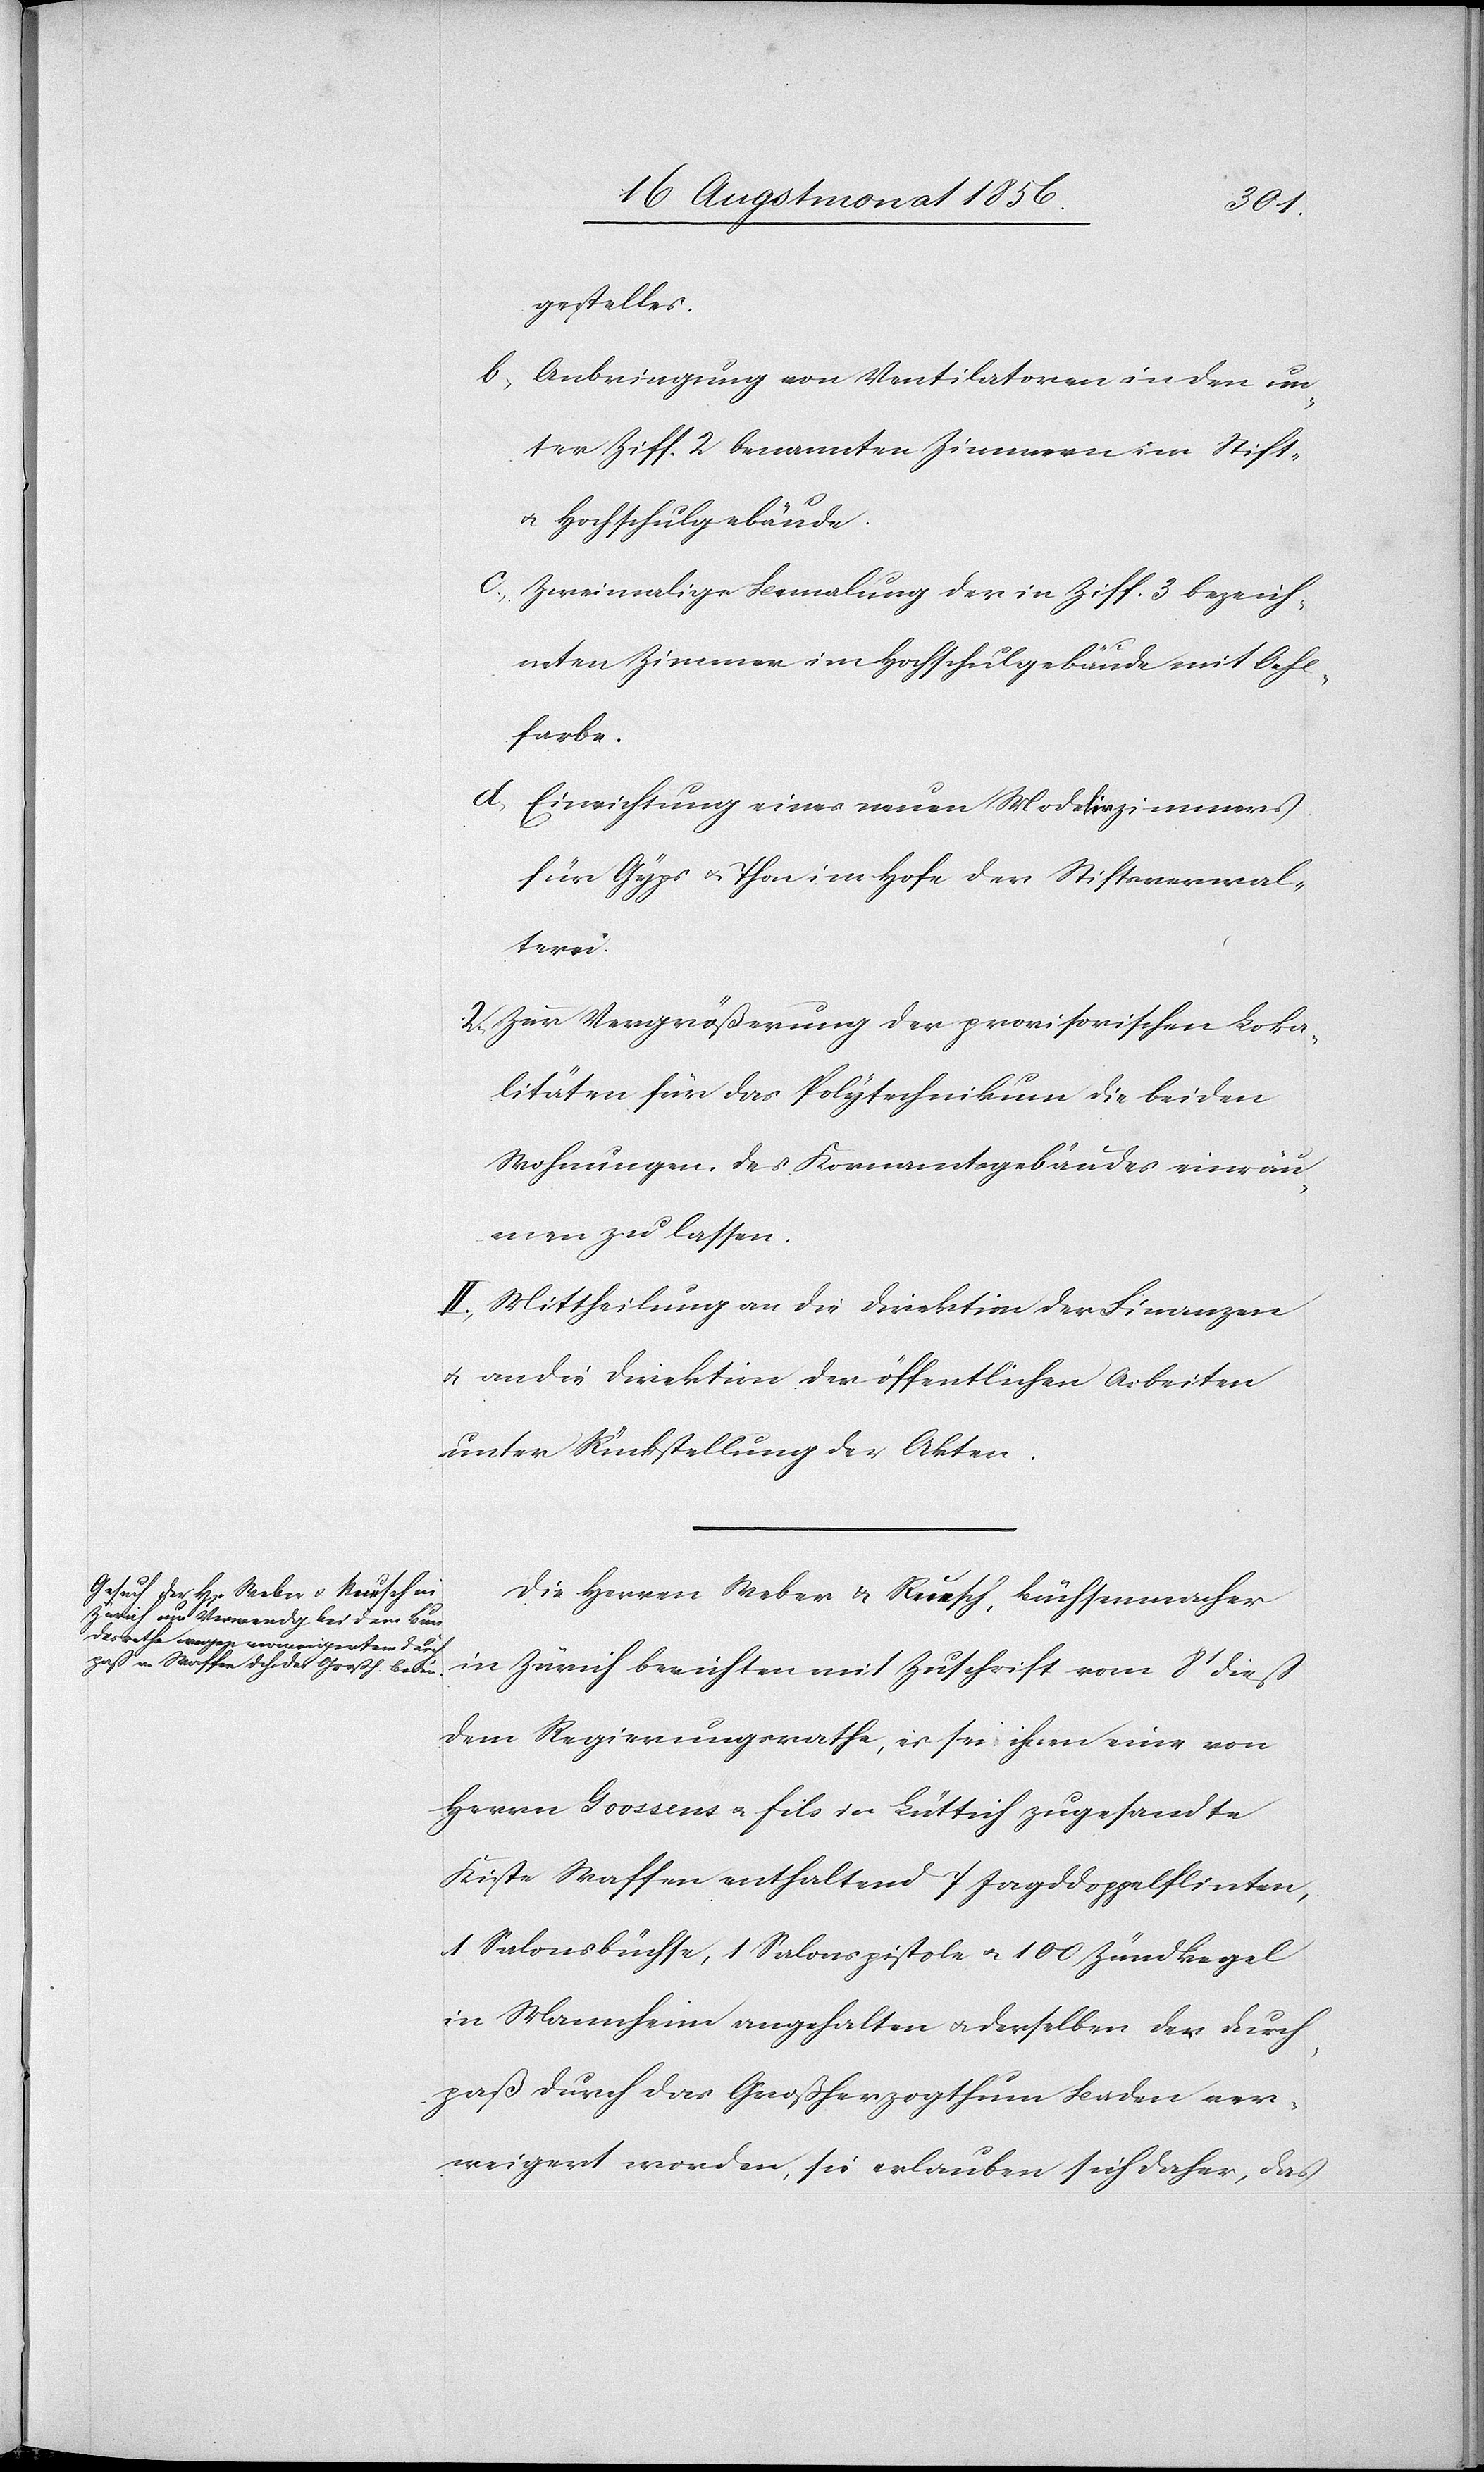
gestelles.
b) Anbringung von Ventilatoren in den un¬
ter Ziff. 2 benannten Zimmern im Stift-
u. Hochschulgebäude.
c) Zweimalige Bemalung der in Ziff. 3 bezeich¬
neten Zimmer im Hochschulgebäude mit Oehl¬
farbe.
d) Einrichtung eines neuen Modelirzimmers
für Gyps u. Thon im Hofe der Stiftsverwal¬
tern.
2) Zur Vergrößerung der provisorischen Loka¬
litäten für das Polytechnikum die beiden
Wohnungen des Kornamtsgebäudes einräu¬
men zu lassen.
II.) Mittheilung an die Direktion der Finanzen
u. an die Direktion der öffentlichen Arbeiten
unter Rückstellung der Akten.
Die Herren Weber & a-Reusch Ruesch-a, Büchsenmacher
in Zürich berichten mit Zuschrift vom 8t dieß
dem Regierungsrathe, es sei ihnen eine von
Herrn Goossens u. fils in Lüttich zugesandte
Kiste Waffen enthaltend 7 Jagddoppelflinten,
1 Salonsbüchse, 1 Salonspistole u. 100 Zündkegel
in Mannheim angehalten u. derselben der Durch¬
paß durch das Großherzogthum Baden ver¬
weigert worden, sie erlauben sich daher, das